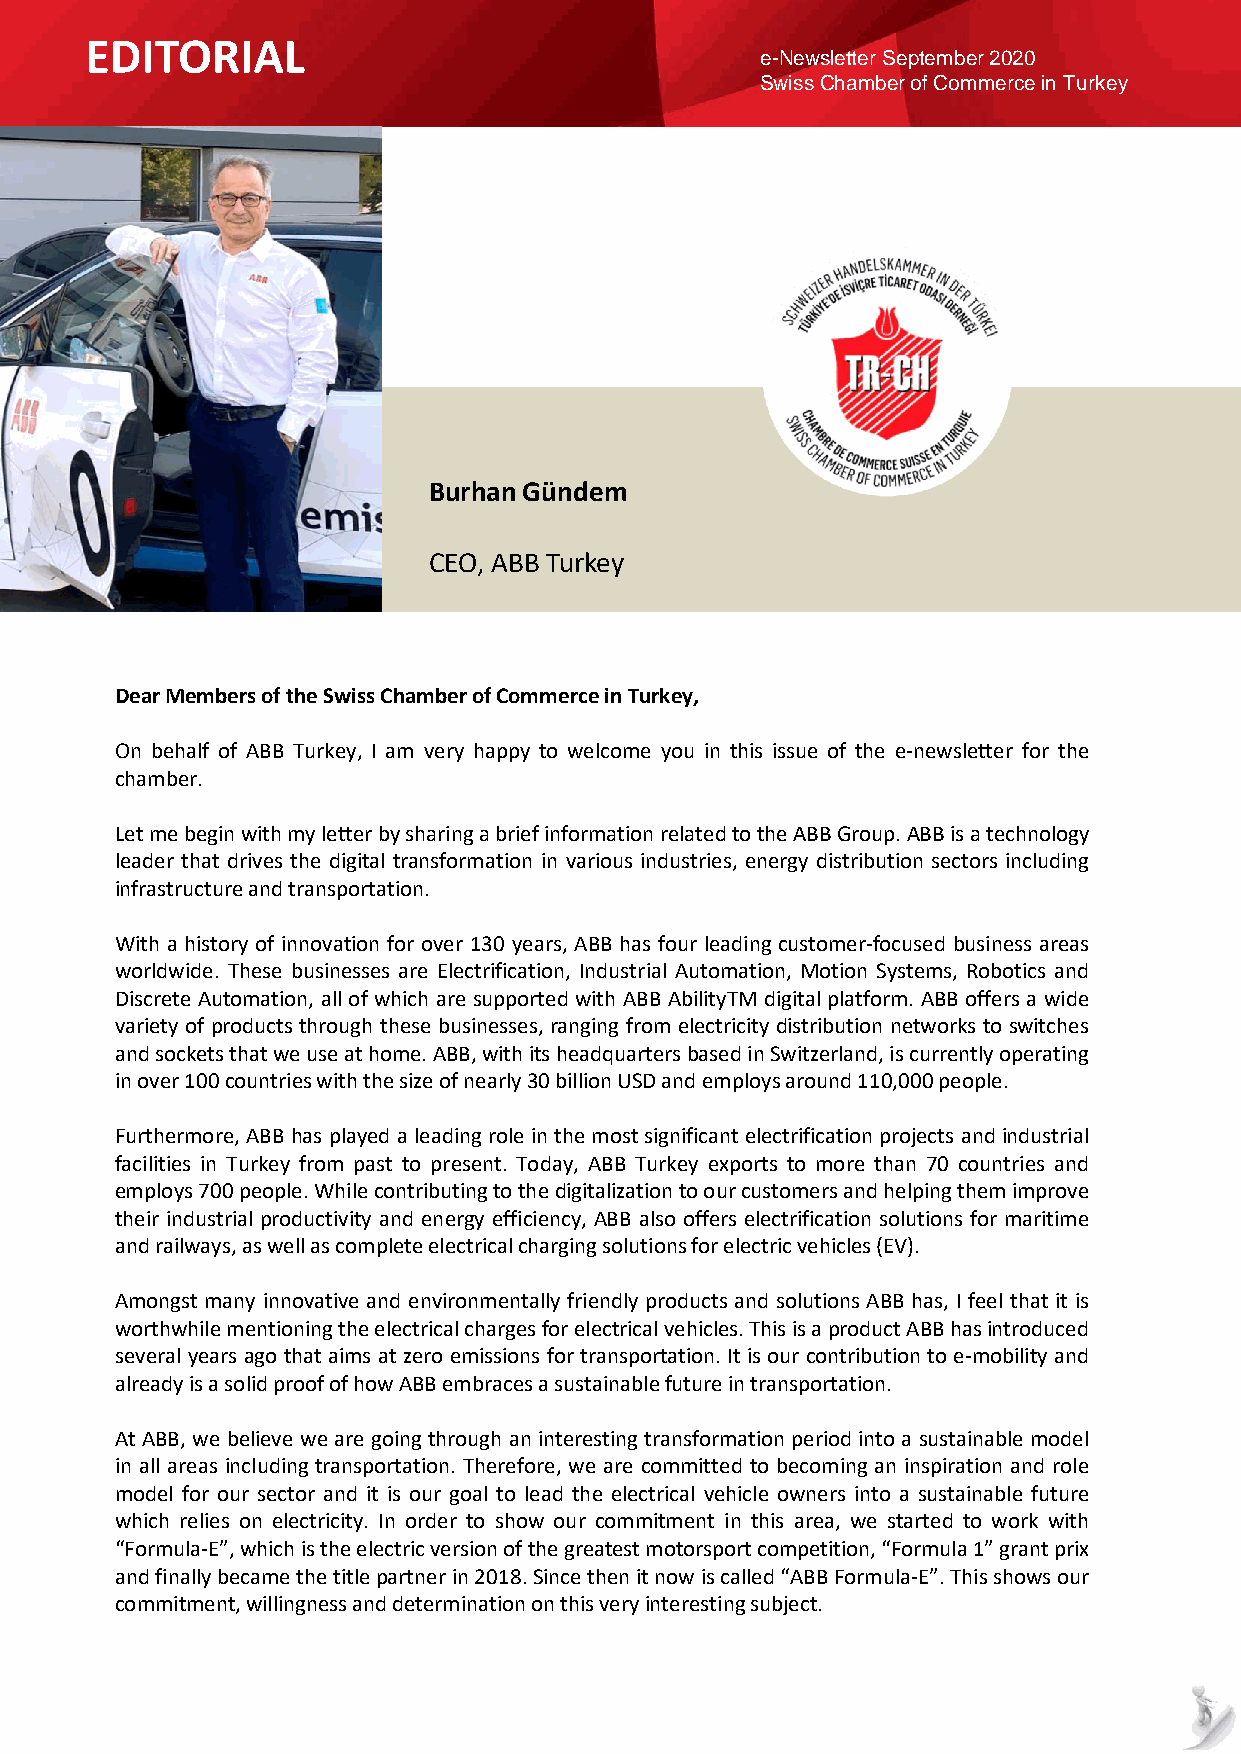
EDITORIAL
 e-Newsletter September 2020
 Swiss Chamber of Commerce in Turkey
 Burhan Gündem
 CEO, ABB Turkey
 DearMembersoftheSwissChamberofCommerceinTurkey,
 On behalf of ABB Turkey, I am very happy to welcome you in this issue of the e-newsletter for the
 chamber.
 LetmebeginwithmyletterbysharingabriefinformationrelatedtotheABBGroup.ABBisatechnology
 leader that drives the digital transformation in various industries, energy distribution sectors including
 infrastructureandtransportation.
 With a history of innovation for over 130 years, ABB has four leading customer-focused business areas
 worldwide. These businesses are Electrification, Industrial Automation, Motion Systems, Robotics and
 Discrete Automation, allofwhich are supportedwithABB AbilityTM digital platform. ABBoffers a wide
 variety of products through these businesses, ranging from electricity distribution networks to switches
 andsocketsthatweuseathome.ABB,withitsheadquartersbasedinSwitzerland,iscurrentlyoperating
 inover100countrieswiththesizeofnearly30billionUSDandemploysaround110,000people.
 Furthermore, ABBhas playeda leadingrole inthemostsignificant electrificationprojects andindustrial
 facilities in Turkey from past to present. Today, ABB Turkey exports to more than 70 countries and
 employs700people.Whilecontributingtothedigitalizationtoourcustomersandhelpingthemimprove
 their industrial productivity and energy efficiency, ABB also offers electrification solutions for maritime
 andrailways,aswellascompleteelectricalchargingsolutionsforelectricvehicles(EV).
 Amongst many innovative and environmentally friendly products and solutions ABB has, I feel that it is
 worthwhilementioningtheelectricalchargesforelectricalvehicles.ThisisaproductABBhasintroduced
 several years ago that aims at zero emissions fortransportation. It is our contributionto e-mobility and
 alreadyisasolidproofofhowABBembracesasustainablefutureintransportation.
 At ABB, we believe we are goingthroughaninterestingtransformationperiodinto asustainablemodel
 in all areas including transportation. Therefore, we are committed to becoming an inspiration and role
 model for our sector and it is our goal to lead the electrical vehicle owners into a sustainable future
 which relies on electricity. In order to show our commitment in this area, we started to work with
 “Formula-E”,whichistheelectricversionofthegreatestmotorsportcompetition,“Formula1”grantprix
 andfinallybecamethetitlepartnerin2018.Sincethenitnowiscalled“ABBFormula-E”.Thisshowsour
 commitment,willingnessanddeterminationonthisveryinterestingsubject.